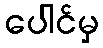
ပေါင်မှ